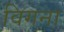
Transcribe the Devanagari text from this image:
विगना